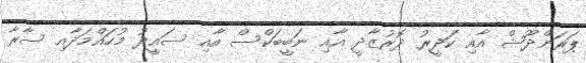
ޕަރަންދޫޝް އާއި ކަދީރު ދޮރުޒާދީ އާއި ނަބީބަކްސް އާއި ސައީދު މުހައްމަދާއި ސާރާ